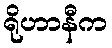
ရိုဟာနီက